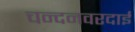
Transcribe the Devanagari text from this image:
चन्दनवरदाई